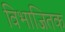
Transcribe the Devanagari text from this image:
विभाजितक